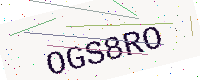
Text: OGS8RO